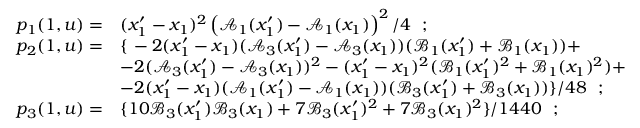
\begin{array} { r l } { p _ { 1 } ( 1 , \boldsymbol { u } ) = } & { ( x _ { 1 } ^ { \prime } - x _ { 1 } ) ^ { 2 } \left( \mathcal { A } _ { 1 } ( x _ { 1 } ^ { \prime } ) - \mathcal { A } _ { 1 } ( x _ { 1 } ) \right) ^ { 2 } / 4 \ \ ; } \\ { p _ { 2 } ( 1 , \boldsymbol { u } ) = } & { \left\{ \right. - 2 ( x _ { 1 } ^ { \prime } - x _ { 1 } ) ( \mathcal { A } _ { 3 } ( x _ { 1 } ^ { \prime } ) - \mathcal { A } _ { 3 } ( x _ { 1 } ) ) ( \mathcal { B } _ { 1 } ( x _ { 1 } ^ { \prime } ) + \mathcal { B } _ { 1 } ( x _ { 1 } ) ) + } \\ & { - 2 ( \mathcal { A } _ { 3 } ( x _ { 1 } ^ { \prime } ) - \mathcal { A } _ { 3 } ( x _ { 1 } ) ) ^ { 2 } - ( x _ { 1 } ^ { \prime } - x _ { 1 } ) ^ { 2 } ( \mathcal { B } _ { 1 } ( x _ { 1 } ^ { \prime } ) ^ { 2 } + \mathcal { B } _ { 1 } ( x _ { 1 } ) ^ { 2 } ) + } \\ & { - 2 ( x _ { 1 } ^ { \prime } - x _ { 1 } ) ( \mathcal { A } _ { 1 } ( x _ { 1 } ^ { \prime } ) - \mathcal { A } _ { 1 } ( x _ { 1 } ) ) ( \mathcal { B } _ { 3 } ( x _ { 1 } ^ { \prime } ) + \mathcal { B } _ { 3 } ( x _ { 1 } ) ) \} / 4 8 \ \ ; } \\ { p _ { 3 } ( 1 , \boldsymbol { u } ) = } & { \{ 1 0 \mathcal { B } _ { 3 } ( x _ { 1 } ^ { \prime } ) \mathcal { B } _ { 3 } ( x _ { 1 } ) + 7 \mathcal { B } _ { 3 } ( x _ { 1 } ^ { \prime } ) ^ { 2 } + 7 \mathcal { B } _ { 3 } ( x _ { 1 } ) ^ { 2 } \} / 1 4 4 0 \ \ ; } \end{array}